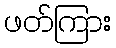
ဖတ်ကြား